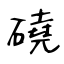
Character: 磽